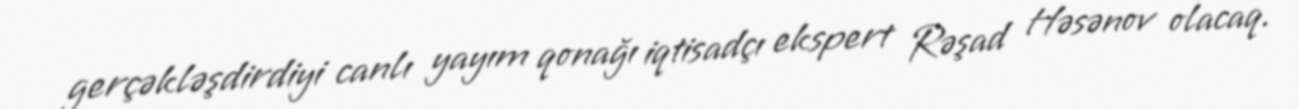
gerçəkləşdirdiyi canlı yayım qonağı iqtisadçı ekspert Rəşad Həsənov olacaq.